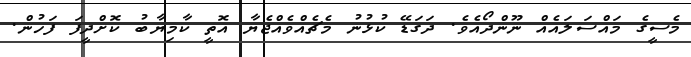
މެސީގެ މައްސަލައެއް ނޫންދޯއެވެ. ދަގަޑޭ ކުޅުނު މެޗެއްވެއްޖެޔާ އޮތީ ކާމިޔާބު ކޮށްދީފަ ފަހުން.